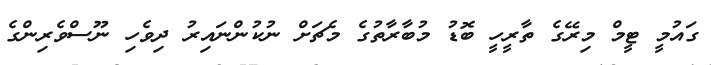
ގައުމީ ޓީމް މިރޭގެ ތާރީހީ ބޮޑު މުބާރާތުގެ މެޗަށް ނުކުންނައިރު ދިވެހި ނޫސްވެރިންގެ